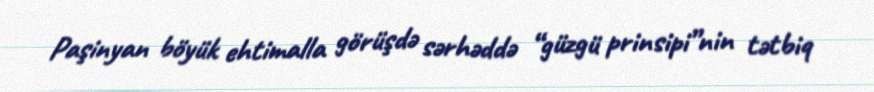
Paşinyan böyük ehtimalla görüşdə sərhəddə “güzgü prinsipi”nin tətbiq